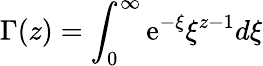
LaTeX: \Gamma(z)=\int_{0}^{\infty}\mathrm{e}^{-\xi}\xi^{z-1}d\xi